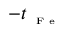
- t _ { \textrm { \tiny { F e } } }